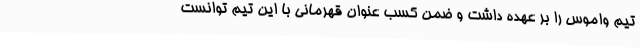
تیم واموس را بر عهده داشت و ضمن کسب عنوان قهرمانی با این تیم توانست